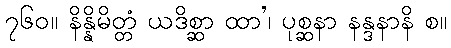
၇၆၀။ နိန္နိမိတ္တံ ယဒိစ္ဆာ ထာ’၊ ပုစ္ဆနာ နန္ဒနာနိ စ။